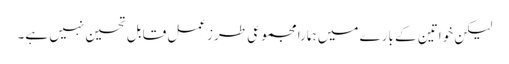
لیکن خواتین کے بارے میں ہمارا مجموعی طرزعمل قابل تحسین نہیں ہے۔